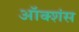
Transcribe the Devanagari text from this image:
ऑक्शंस